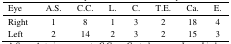
| Eye | A.S. | C.C. | L. | C. | T.E. | Ca. | E. |
 | --- | --- | --- | --- | --- | --- | --- | --- |
 | Right | 1 | 8 | 1 | 3 | 2 | 18 | 4 |
 | Left | 2 | 14 | 2 | 3 | 2 | 15 | 3 |